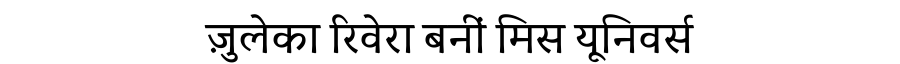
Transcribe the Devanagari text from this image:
ज़ुलेका रिवेरा बनीं मिस यूनिवर्स